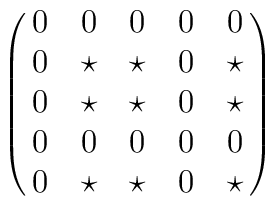
\left( \matrix{ 0 & 0 & 0 & 0 & 0 \cr                  0   & \star & \star     &  0    & \star    \cr                  0 & \star & \star & 0 &\star  \cr                 0 & 0 & 0 & 0 & 0  \cr                 0 & \star & \star & 0 &\star  \cr } \right)